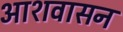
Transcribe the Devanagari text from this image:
आशवासन